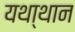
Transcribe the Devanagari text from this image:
यथा्थान